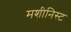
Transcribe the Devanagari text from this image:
मशीनिस्ट